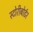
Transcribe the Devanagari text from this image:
स्टोरीबोर्डर